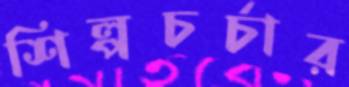
শিল্পচর্চার